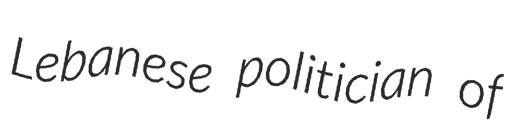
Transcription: Lebanese politician of